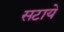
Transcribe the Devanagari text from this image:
सटाये